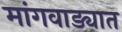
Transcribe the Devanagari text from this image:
मांगवाड्यात